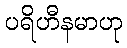
ပရိဟီနမာဟု